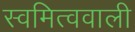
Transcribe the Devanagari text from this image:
स्वमित्ववाली